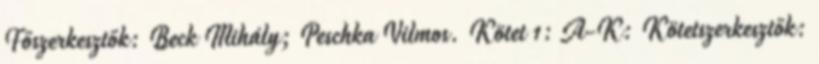
Főszerkesztők: Beck Mihály; Peschka Vilmos. Kötet 1: A-K: Kötetszerkesztők: